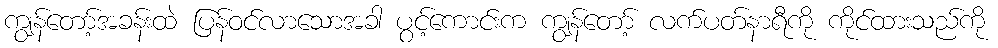
ကျွန်တော့်အခန်းထဲ ပြန်ဝင်လာသောအခါ ပွင့်ကောင်းက ကျွန်တော့် လက်ပတ်နာရီကို ကိုင်ထားသည်ကို